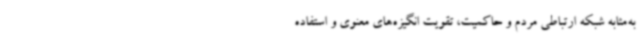
به‌مثابه شبکه ارتباطی مردم و حاکمیت، تقویت انگیزه‌های معنوی و استفاده